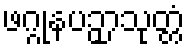
ဖဂ္ဂုနပဉှာသုတ္တံ